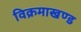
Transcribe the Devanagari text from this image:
विक्रमाखण्ड